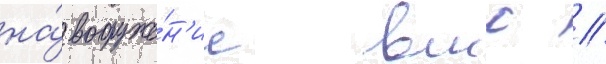
на́ вооруже́н'ие вмс //